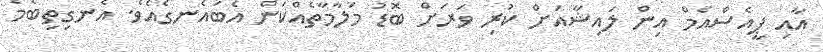
އާއި ޕީއެސްއެމް އިން ލައިޝާއަށް ކުރި ވަރަށް ބޮޑު މަލާމާތެއްކަން އެބައެނގެއެވެ. އެނގިތިބެމެ